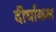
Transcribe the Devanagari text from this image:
दीर्घाकल